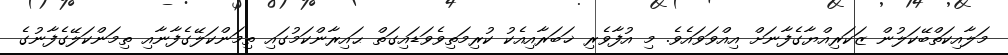
މަލާއިކަތްބޭކަލުން ޒަކަރިއްޔާގެފާނަށް އިއްވަވައެވެ. މި އުފާވެރި ޚަބަރާއިއެކު ކުރިމަތިވެވަޑައިގަތް ޙައިރާންކަމުގައި ތިމަންކަލޭގެފާނާއި ތިމަންކަލޭގެފާނުގެ